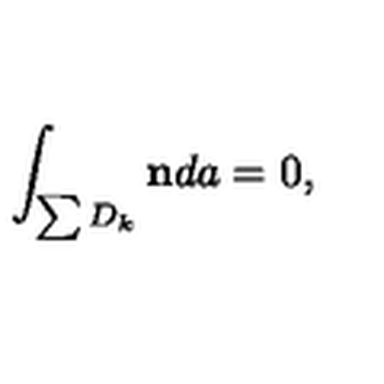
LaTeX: \int _ { \sum D _ { k } } { \bf n } d a = 0 ,